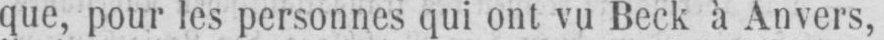
que, pour les personnes qui ont vu Beck à Anvers,